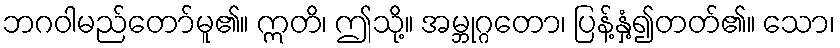
ဘဂဝါမည်တော်မူ၏။ ဣတိ၊ ဤသို့။ အမ္ဘုဂ္ဂတော၊ ပြန့်နှံ့၍တတ်၏။ သော၊